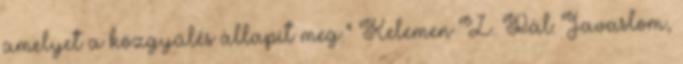
amelyet a közgyűlés állapít meg.” Kelemen Z. Pál: Javaslom,